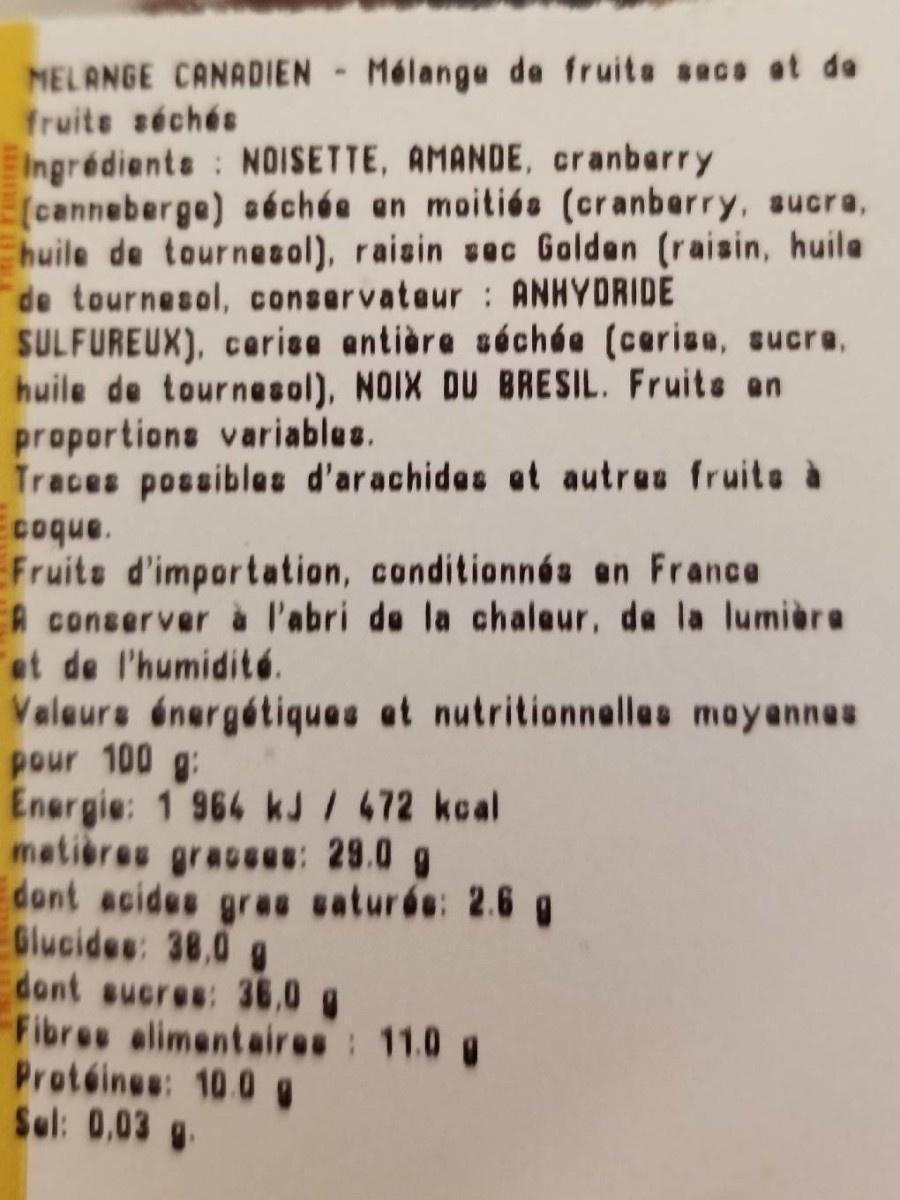
NELANGE CANADIEN - Mélange de fruita sece at de fruite séchés EIngrédients : NDISETTE, AMANDE, cranberry (canneberge) aéchée en moitiós (cranberry, sucra, huile de tournesol), raisin sec Golden (raisin, huila de tournesol, conservateur : ANHYDRIDE SULFUREUX), cerise antière séchée (cerisa, sucre, huile de tournesol), NOIX DU BRESIL. Fruite an proportions variables. Traces possibles d'arachides et autres fruit à coque. Fruite d'importation, conditionnés en France A conserver à l'abri de la chaleur, de la lumière et de l'humidité. Valeurs énergétiques et nutritionnelles mayanneu pour 100 g: Energie: 1 964 kJ/ 472 kcal metières gracses: 29.0 g dont acides grau saturée: 2.6 g Glucides: 38.0 dont sucres: 36,0 g Fibres alimentaires: 11.0 g Protéines: 10.0 Sel: 0,03 g.